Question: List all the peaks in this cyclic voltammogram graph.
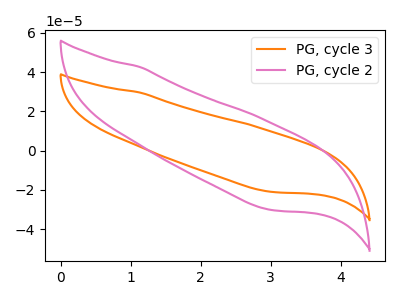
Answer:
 <answer>The orange curve "PG, cycle 3" has no peaks. The pink curve "PG, cycle 2" has no peaks.</answer>
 <eval></eval>